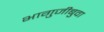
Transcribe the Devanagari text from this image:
भागुजीबुवा